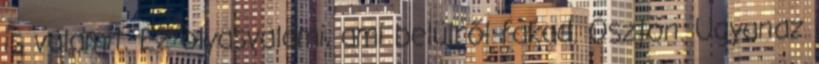
is valamit. Ez olyasvalami, ami belülről fakad. Ösztön. Ugyanaz